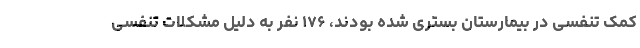
کمک تنفسی در بیمارستان بستری شده بودند، ۱۷۶ نفر به دلیل مشکلات تنفسی